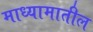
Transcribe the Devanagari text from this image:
माध्यामातील